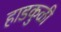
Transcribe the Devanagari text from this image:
हाडकुळी